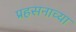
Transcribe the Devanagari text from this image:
प्रहसनाच्या